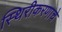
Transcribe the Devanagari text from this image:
स्थिरीकरणाचे